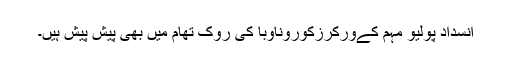
انسداد پولیو مہم کےورکرزکوروناوبا کی روک تھام میں بھی پیش پیش ہیں۔